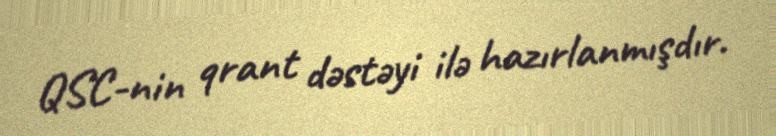
QSC-nin qrant dəstəyi ilə hazırlanmışdır.